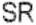
SR